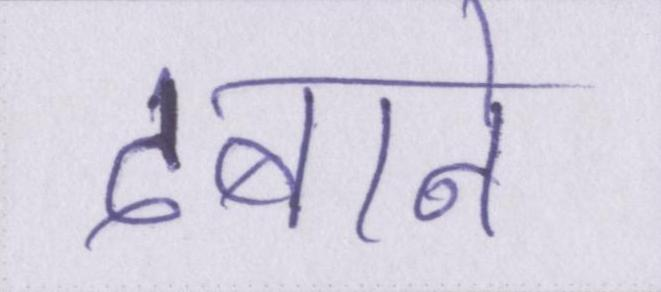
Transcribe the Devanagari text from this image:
दबाने